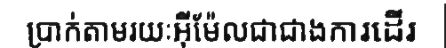
ប្រាក់តាមរយៈអ៊ីម៉ែលជាជាងការដើរ